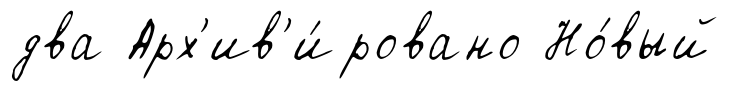
два Арх'ив'и́ровано Но́вый